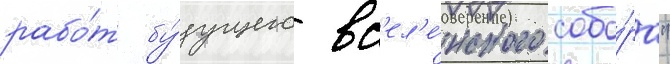
рабо́т бу́дущего вс'ел'е́нского собо́ра"